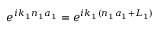
e ^ { i k _ { 1 } n _ { 1 } a _ { 1 } } = e ^ { i k _ { 1 } ( n _ { 1 } a _ { 1 } + L _ { 1 } ) }